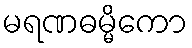
မရဏဓမ္မိကော